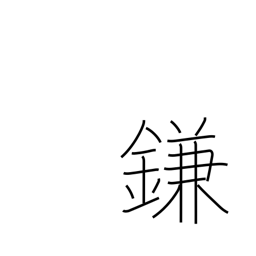
Meaning: trick